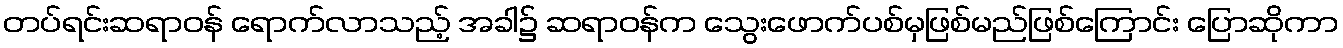
တပ်ရင်းဆရာဝန် ရောက်လာသည့် အခါ၌ ဆရာဝန်က သွေးဖောက်ပစ်မှဖြစ်မည်ဖြစ်ကြောင်း ပြောဆိုကာ